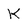
Character: K